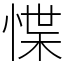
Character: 惵